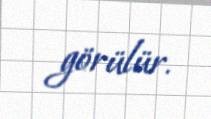
görülür.